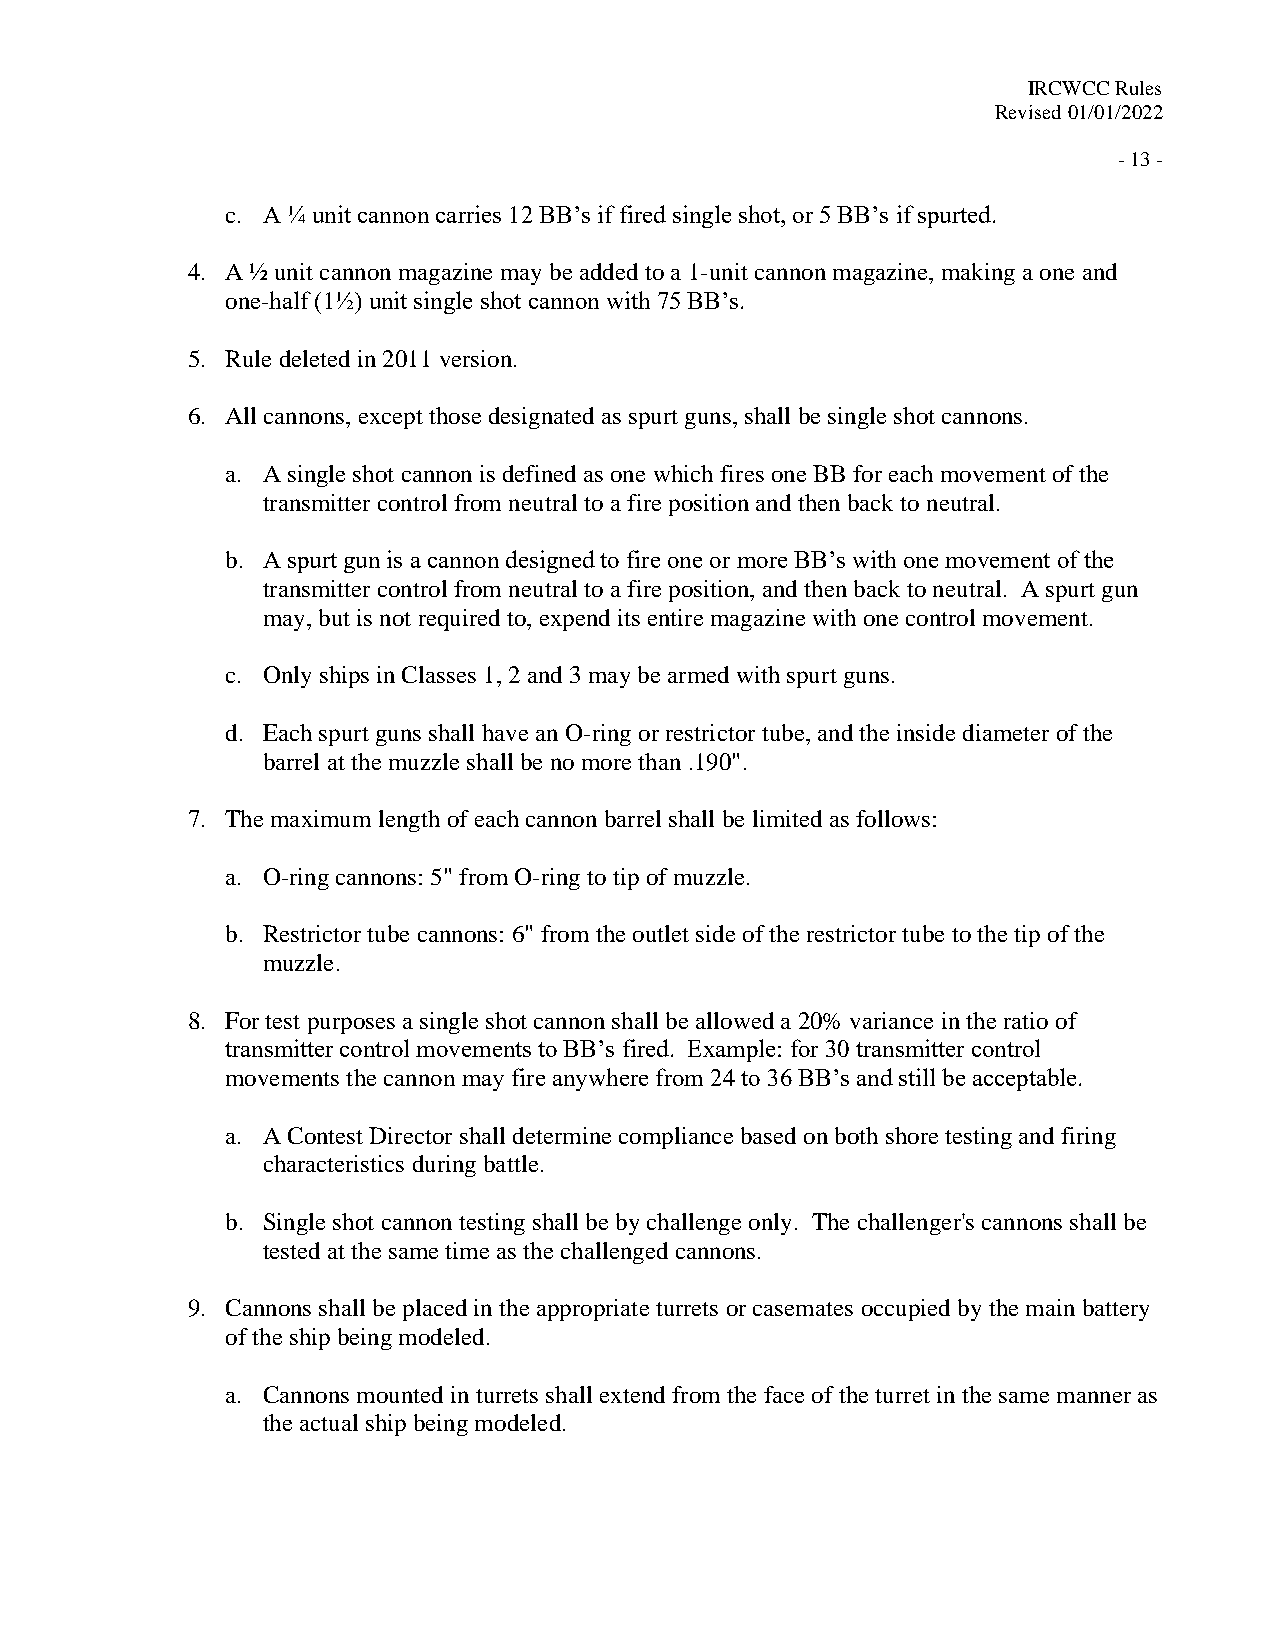
IRCWCC Rules
 Revised 01/01/2022
 - 13 -
 c. A ¼ unit cannon carries 12 BB’s if fired single shot, or 5 BB’s if spurted.
 4. A ½ unit cannon magazine may be added to a 1-unit cannon magazine, making a one and
 one-half (1½) unit single shot cannon with 75 BB’s.
 5. Rule deleted in 2011 version.
 6. All cannons, except those designated as spurt guns, shall be single shot cannons.
 a. A single shot cannon is defined as one which fires one BB for each movement of the
 transmitter control from neutral to a fire position and then back to neutral.
 b. A spurt gun is a cannon designed to fire one or more BB’s with one movement of the
 transmitter control from neutral to a fire position, and then back to neutral. A spurt gun
 may, but is not required to, expend its entire magazine with one control movement.
 c. Only ships in Classes 1, 2 and 3 may be armed with spurt guns.
 d. Each spurt guns shall have an O-ring or restrictor tube, and the inside diameter of the
 barrel at the muzzle shall be no more than .190".
 7. The maximum length of each cannon barrel shall be limited as follows:
 a. O-ring cannons: 5" from O-ring to tip of muzzle.
 b. Restrictor tube cannons: 6" from the outlet side of the restrictor tube to the tip of the
 muzzle.
 8. For test purposes a single shot cannon shall be allowed a 20% variance in the ratio of
 transmitter control movements to BB’s fired. Example: for 30 transmitter control
 movements the cannon may fire anywhere from 24 to 36 BB’s and still be acceptable.
 a. A Contest Director shall determine compliance based on both shore testing and firing
 characteristics during battle.
 b. Single shot cannon testing shall be by challenge only. The challenger's cannons shall be
 tested at the same time as the challenged cannons.
 9. Cannons shall be placed in the appropriate turrets or casemates occupied by the main battery
 of the ship being modeled.
 a. Cannons mounted in turrets shall extend from the face of the turret in the same manner as
 the actual ship being modeled.